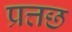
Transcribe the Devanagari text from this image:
प्रत्तछ